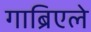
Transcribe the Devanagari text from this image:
गाब्रिएले